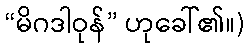
“မိဂဒါဝုန်” ဟုခေါ်၏။)